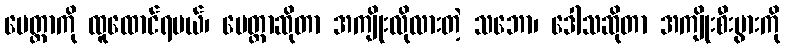
မေတ္တာကို ထူထောင်ရမယ်၊ မေတ္တာဆိုတာ အကျိုးလိုလားတဲ့ သဘော၊ ဒေါသဆိုတာ အကျိုးစီးပွားကို